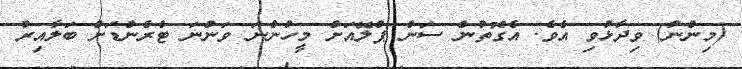
(މިންނު) ވިދާޅުވި އެވެ. އެގޮތުން ސަން ޕްލޭއަށް މީހުންނަ ވަންނަ ޓްރެންޑަށް ބަލާއިރު